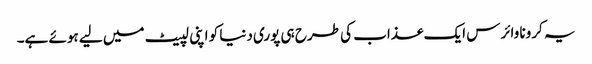
یہ کرونا وائرس ایک عذاب کی طرح ہی پوری دنیا کو اپنی لپیٹ میں لیے ہوئے ہے۔